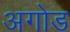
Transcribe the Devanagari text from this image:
अगोड